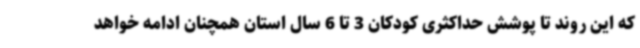
که این روند تا پوشش حداکثری کودکان 3 تا 6 سال استان همچنان ادامه خواهد